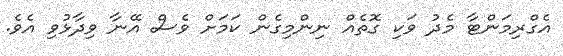
އެގްރިމަންޓާ މެދު ވަކި ގޮތެއް ނިންމިގެން ކަމަށް ވެސް އޭނާ ވިދާޅުވި އެވެ.